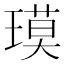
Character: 𬎇